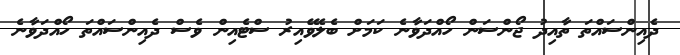
ދެއިންސައްތަ ތާއިދު ޖޯންސަން ހޯއްދަވާނެ ކަމަށް ބެލެވޭއިރު ސްޓެއިން ވެސް ދެއިންސައްތަ ހޯއްދަވާނެ